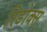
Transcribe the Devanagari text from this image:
रिडोक्स